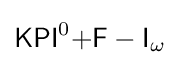
{\mathsf {KPI}}^{0}{\mathsf {+F-I}}_{\omega }